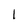
Character: 1